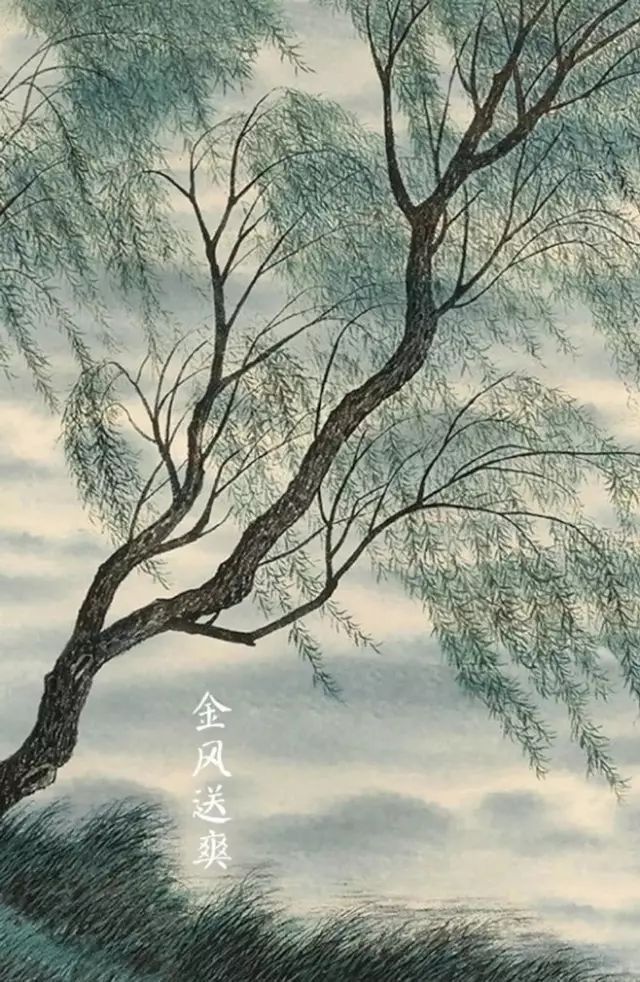
明月何皎皎，照我罗床帏。